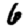
Digit: 6